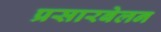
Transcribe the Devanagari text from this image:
प्रसारबेलन